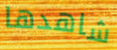
شاهدها